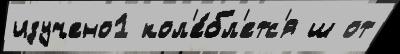
изучено1 кол'е́бл'етс'я ш от